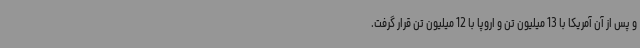
و پس از آن آمریکا با 13 میلیون تن و اروپا با 12 میلیون تن قرار گرفت.